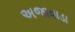
અજાવાડા